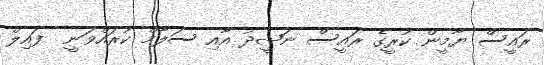
ރައީސް ޔާމީން ކުރީގެ ރައީސް ނަޝީދު އާއި ސަލާމް ކުރައްވަނީ  ފައިލް